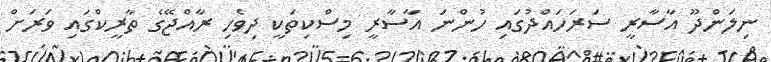
ނިލަންދޫ އާސާރީ ސަރަހައްދުގައި ހުންނަ އާސާރީ މިސްކިތަކީ ދިވެހި ރާއްޖޭގެ ތާރީކްގައި ވަރަށް